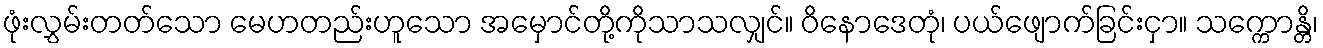
ဖုံးလွှမ်းတတ်သော မေဟတည်းဟူသော အမှောင်တို့ကိုသာသလျှင်။ ဝိနောဒေတုံ၊ ပယ်ဖျောက်ခြင်းငှာ။ သက္ကောန္တိ၊